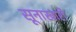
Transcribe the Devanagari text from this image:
सूनाखारी